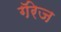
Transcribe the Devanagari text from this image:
गॅरेज